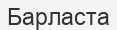
Барласта